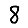
Digit: 8